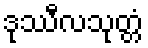
ဒုဿီလသုတ္တံ